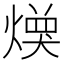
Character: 𱬌